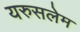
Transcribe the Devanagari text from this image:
यरुसलेम